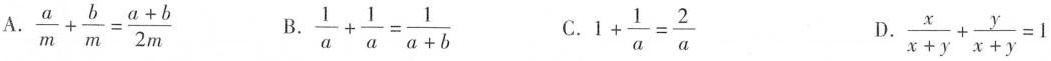
A. $$\frac{a}{m}+ \frac{b}{m}= \frac{a+b}{2m}$$ B. $$\frac{1}{a}+ \frac{1}{a}= \frac{1}{a+b}$$ C. $$1+ \frac{1}{a}= \frac{2}{a}$$ D. $$\frac{x}{x+y}+ \frac{y}{x+y}=1$$